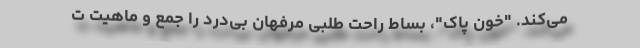
می‌کند. "خون پاک"، بساط راحت‌ طلبی مرفهان بی‌درد را جمع و ماهیت ت